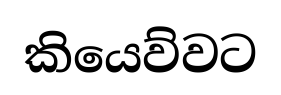
කියෙව්වට